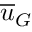
\overline { { u } } _ { G }